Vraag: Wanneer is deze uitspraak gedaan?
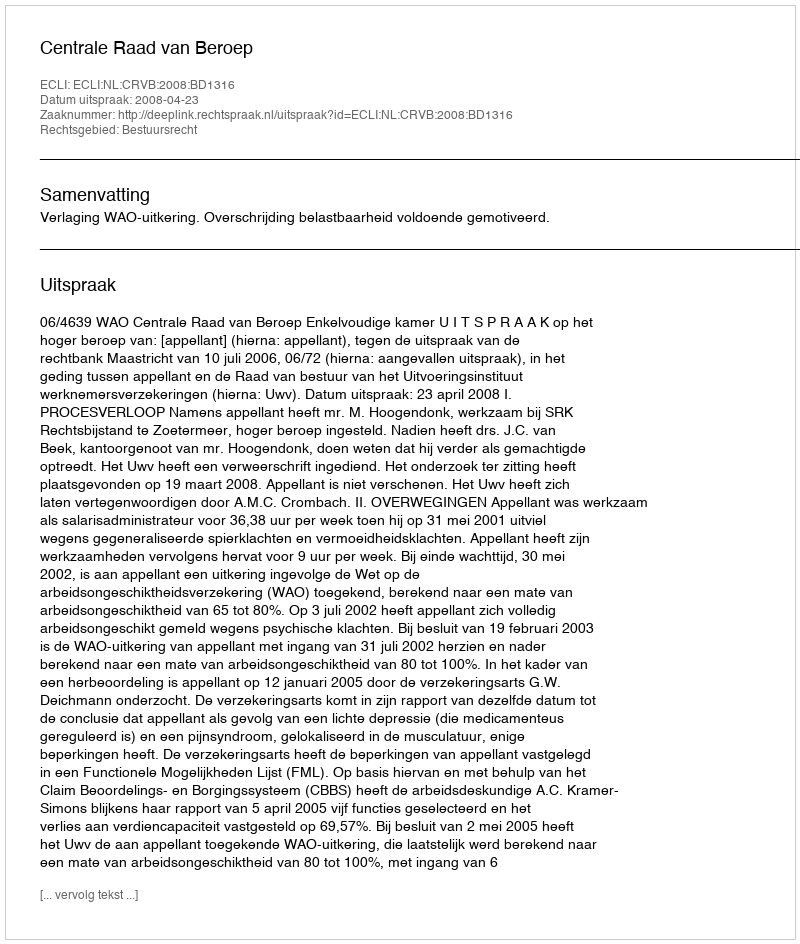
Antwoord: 2008-04-23